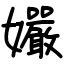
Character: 孍